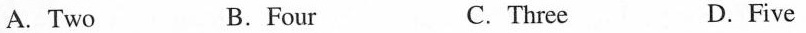
A. Two B. Four C. Three D. Five